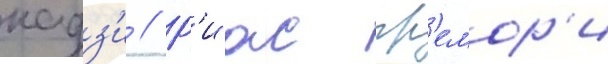
кадз'и // Р'иас гр'емор'и